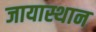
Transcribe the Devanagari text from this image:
जायास्थान